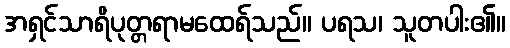
အရှင်သာရိပုတ္တရာမထေရ်သည်။ ပရသ၊ သူတပါး၏။